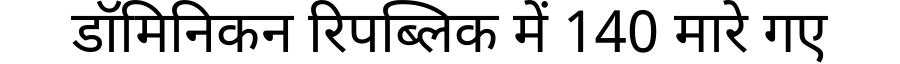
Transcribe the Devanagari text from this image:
डॉमिनिकन रिपब्लिक में 140 मारे गए